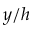
y / h